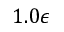
1 . 0 \epsilon